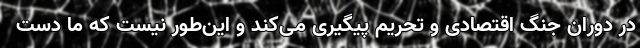
در دوران جنگ اقتصادی و تحریم پیگیری می‌کند و این‌طور نیست که ما دست